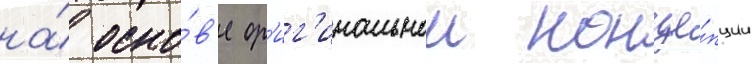
на́ осно́в'е ор'иг'инальнои конце́пции